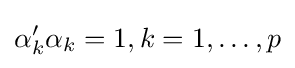
\alpha _{k}'\alpha _{k}=1,k=1,\dots ,p